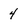
Character: 4